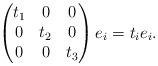
LaTeX: \begin{align*}\begin{pmatrix} t_1 & 0 & 0\\ 0 & t_2 & 0\\ 0 & 0 & t_3\end{pmatrix}e_i = t_i e_i.\end{align*}